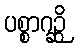
ပစ္စာဂဉ္ဆိ